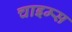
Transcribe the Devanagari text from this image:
चाइम्‍स